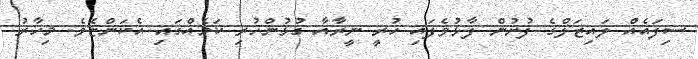
ސިފައެއް ލައިޒަލްގެ ފުށުން ފާޅުވެފައި ހުރީ ނީރާއާ ގުޅުންހުރި ކަމެއްގައި އެކަންޏެވެ. މިހާރު